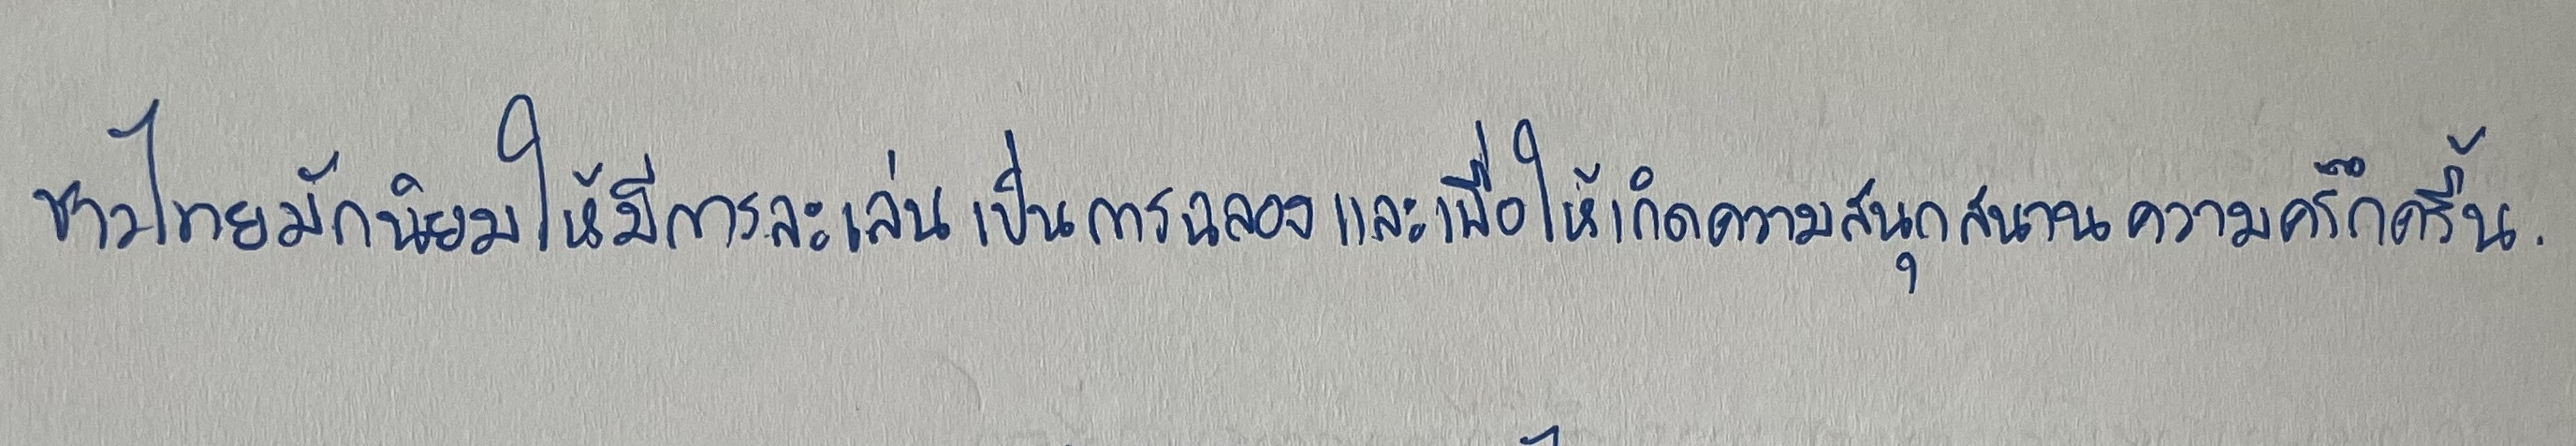
ชาวไทยมักนิยมให้มีการละเล่นเป็นการฉลองและเพื่อให้เกิดความสนุกสนานความครึกครื้น